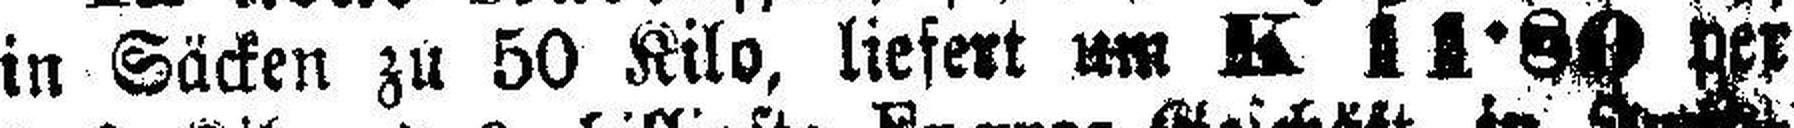
in Säcken zu 50 Kilo, liefert um K 11•80 per